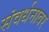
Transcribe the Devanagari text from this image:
संवर्धनावर